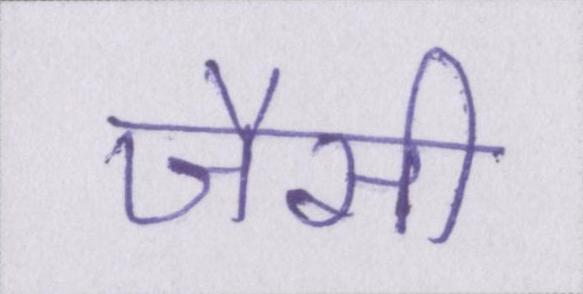
जैसी